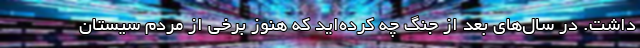
داشت. در سال‌های بعد از جنگ چه کرده‌‌اید که هنوز برخی از مردم سیستان